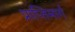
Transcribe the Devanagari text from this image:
प्राप्तिमार्ग